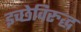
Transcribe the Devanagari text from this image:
इच्छेविरुद्ध